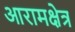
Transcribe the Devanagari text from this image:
आरामक्षेत्र